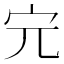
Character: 𡧉